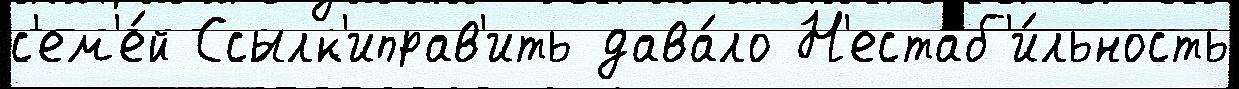
с'ем'е́й Ссылк'иправ'ить дава́ло Н'естаб'и́льность